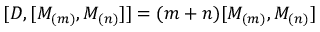
\lbrack D , [ M _ { ( m ) } , M _ { ( n ) } ] ] = ( m + n ) [ M _ { ( m ) } , M _ { ( n ) } ]